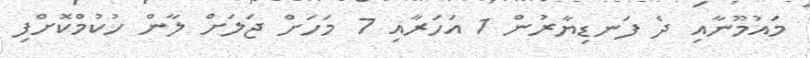
މައުމޫނާއި ދެ ފަނޑިޔާރުން 1 އަހަރާއި 7 މަހަށް ޖަލަށް ލާން ހުކުމްކޮށްފި